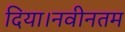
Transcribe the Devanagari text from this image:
दिया।नवीनतम